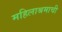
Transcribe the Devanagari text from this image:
महिलाश्रमाची